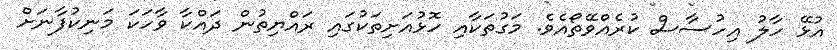
އުޅޭ ހާލު އިހުސާސް ކުރެއްވޭތޯއެވެ. މަގުތަކާއި ހޮޅުއަށިތަކުގައި ރައްޔިތުން ދައްކާ ވާހަކަ މަނިކުފާނަށް